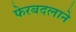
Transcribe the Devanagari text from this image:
फेरबदलाने